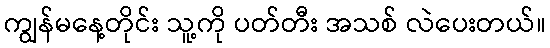
ကျွန်မနေ့တိုင်း သူ့ကို ပတ်တီး အသစ် လဲပေးတယ်။